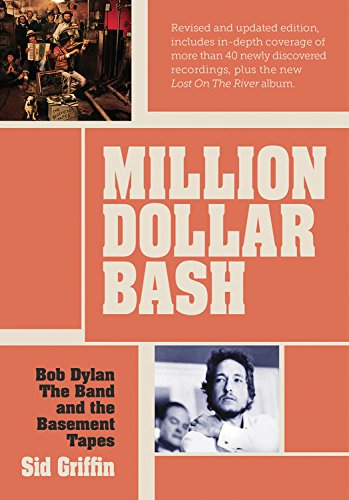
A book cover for Million Dollar Bash: Bob Dylan, The Band and the Basement Tapes Revised and Updated Edition; Sid Griffin; Arts & Photography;